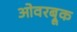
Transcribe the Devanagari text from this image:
ओवरब्रूक